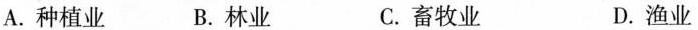
A.种植业 B.林业 C.畜牧业 D.渔业